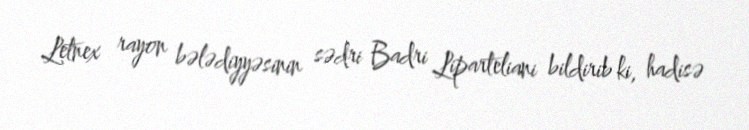
Letnex rayon bələdiyyəsinin sədri Badri Liparteliani bildirib ki, hadisə